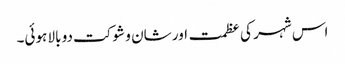
اس شہر کی عظمت اور شان و شوکت دو بالا ہوئی۔